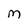
Character: M